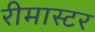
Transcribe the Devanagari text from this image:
रीमास्टर